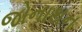
જોનાથન